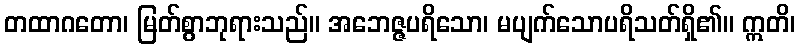
တထာဂတော၊ မြတ်စွာဘုရားသည်။ အဘေဇ္ဇပရိသော၊ မပျက်သောပရိသတ်ရှိ၏။ ဣတိ၊